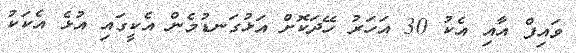
ވައިފް އާއި އެކު 30 އަހަރު ހޭދަކޮށް އަޅުގަނޑުމެން އެކީގައި އުޅެ އެކަކު